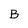
Character: B